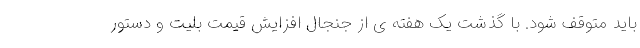
باید متوقف شود. با گذشت یک هفته ی از جنجال افزایش قیمت بلیت و دستور